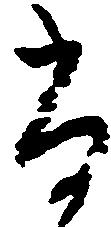
尚